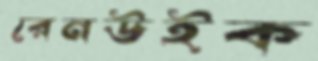
রেনউইক